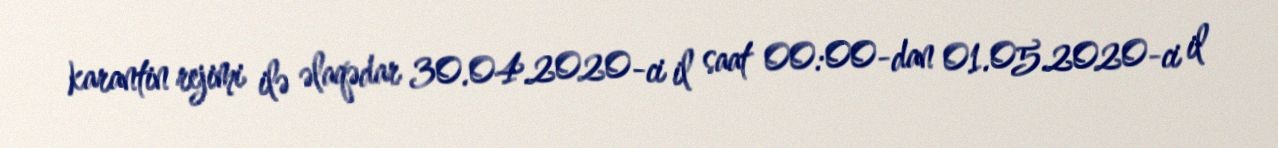
karantin rejimi ilə əlaqədar 30.04.2020-ci il saat 00:00-dan 01.05.2020-ci il